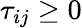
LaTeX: \tau_{ij}\geq 0